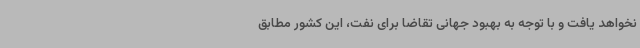
نخواهد یافت و با توجه به بهبود جهانی تقاضا برای نفت، این کشور مطابق